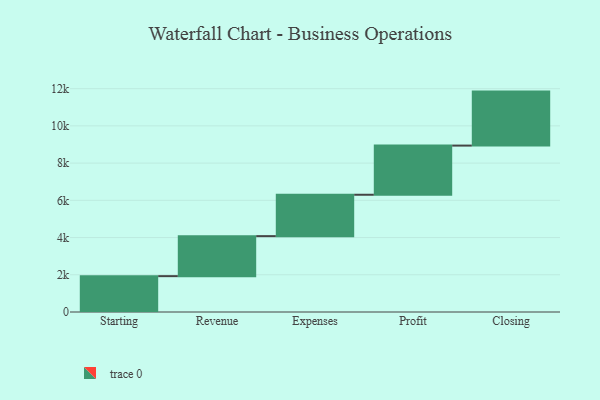
{"axis": {"x": "Step", "y": "Value"}, "legend": [""], "data": [{"x": "Starting", "y": 1926.0, "type": ""}, {"x": "Revenue", "y": 2150.0, "type": ""}, {"x": "Expenses", "y": 2224.0, "type": ""}, {"x": "Profit", "y": 2641.0, "type": ""}, {"x": "Closing", "y": 2901.0, "type": ""}]}